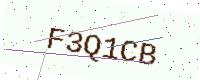
Text: F3Q1CB